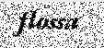
flossa